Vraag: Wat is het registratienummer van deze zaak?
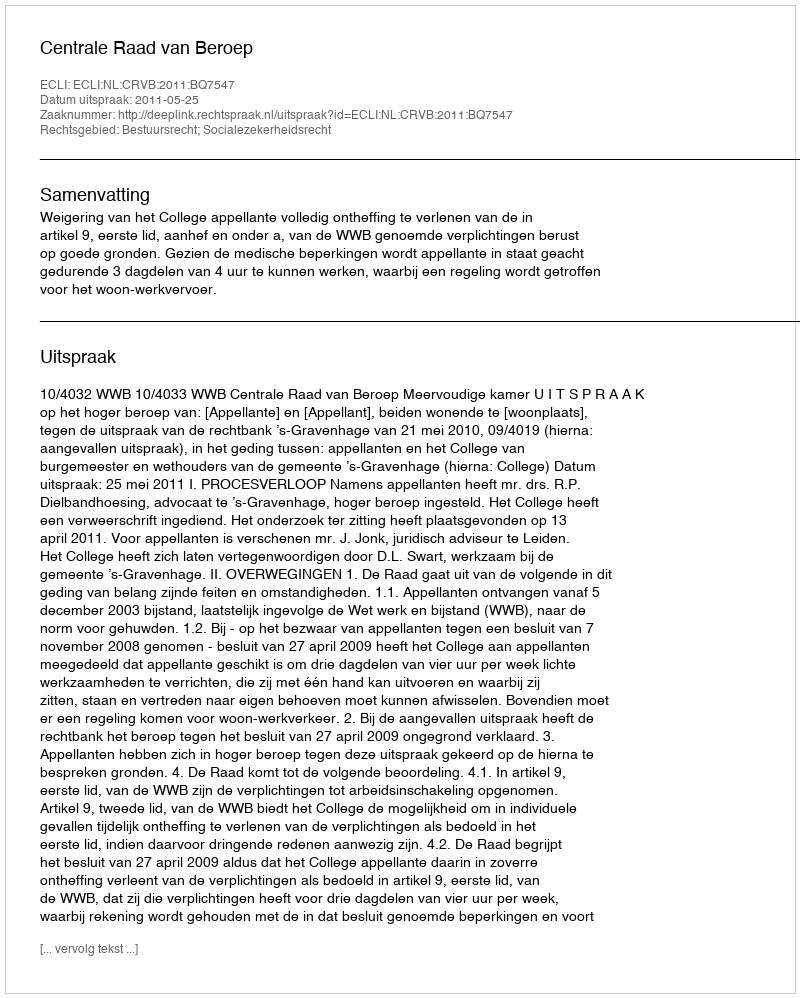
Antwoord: http://deeplink.rechtspraak.nl/uitspraak?id=ECLI:NL:CRVB:2011:BQ7547